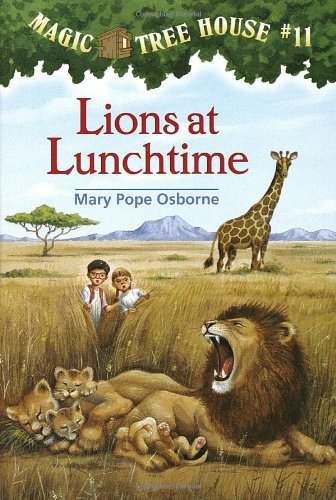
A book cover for Lions at Lunchtime (Magic Tree House, No. 11); Mary Pope Osborne; Children's Books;